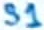
Text: S1